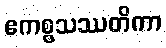
ဧကစ္စသဿတိကာ